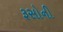
રૂસોની